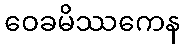
ဝေခမိဿကေန